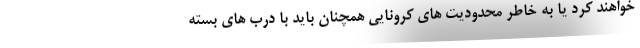
خواهند کرد یا به خاطر محدودیت های کرونایی همچنان باید با درب های بسته